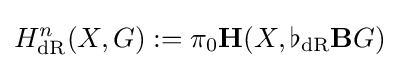
H_{\mathrm {dR} }^{n}(X,G):=\pi _{0}\mathbf {H} (X,\flat _{\mathrm {dR} }\mathbf {B} G)